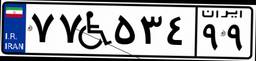
۲۶W۱۷۳۸۶